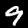
Label: 9